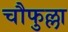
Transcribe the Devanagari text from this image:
चौफुल्ला